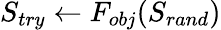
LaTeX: S_{try}\gets F_{obj}(S_{rand})